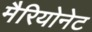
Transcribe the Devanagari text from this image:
मैरियोनेट